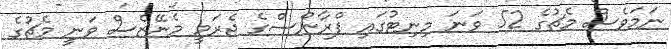
ނަމަވެސް މެޗުގެ 52 ވަނަ މިނިޓުގައި ފްރާންސްގެ ޖެރަމީ މެނޭޒެސް ވަނީ މެޗުގެ